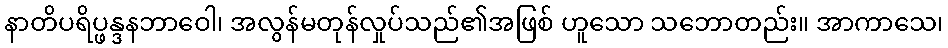
နာတိပရိပ္ဖန္ဒနဘာဝေါ၊ အလွန်မတုန်လှုပ်သည်၏အဖြစ် ဟူသော သဘောတည်း။ အာကာသေ၊